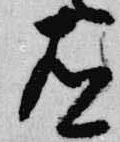
有